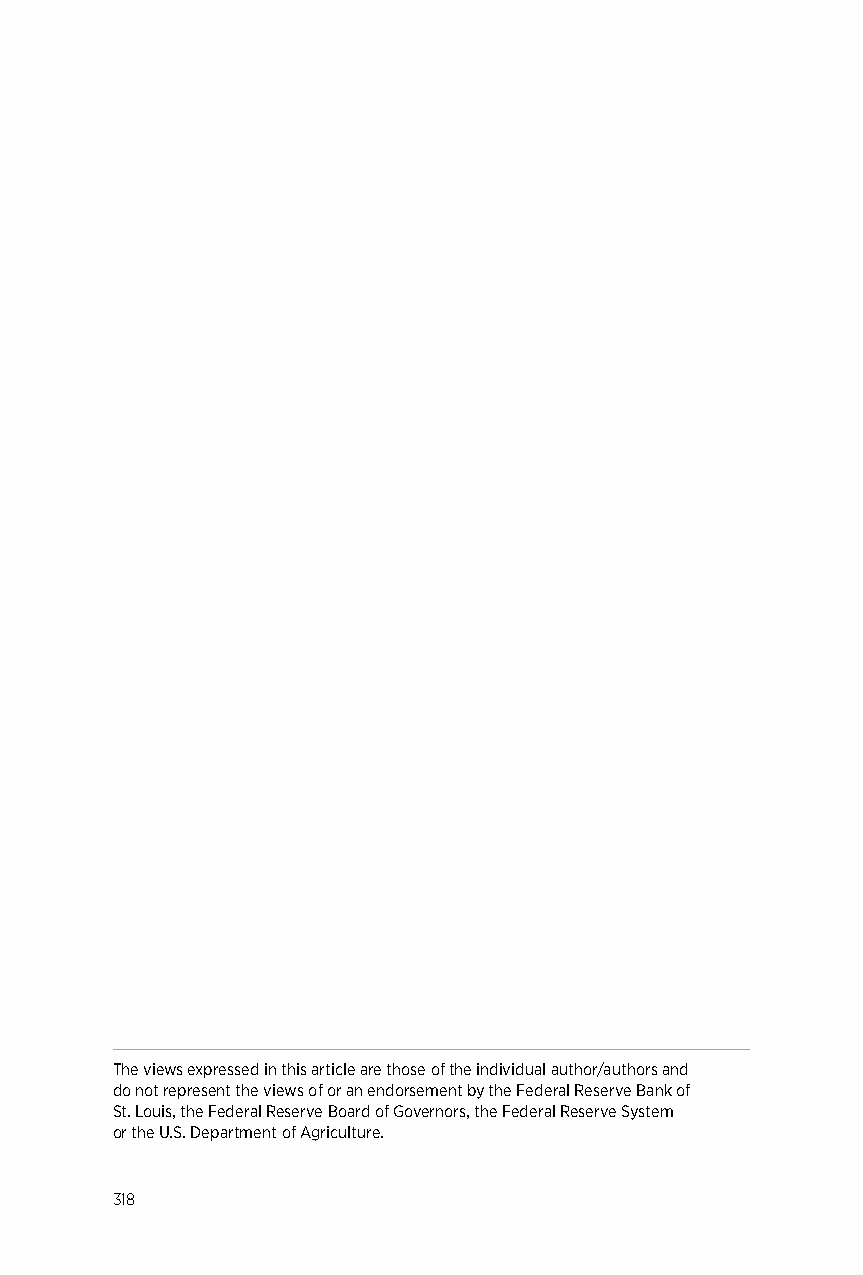
The views expressed in this article are those of the individual author/authors and
 do not represent the views of or an endorsement by the Federal Reserve Bank of
 St. Louis, the Federal Reserve Board of Governors, the Federal Reserve System
 or the U.S. Department of Agriculture.
 318